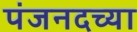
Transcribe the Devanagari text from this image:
पंजनदच्या